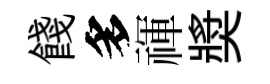
餞多禈奬